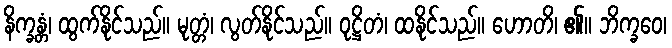
နိက္ခန္တံ၊ ထွက်နိုင်သည်။ မုတ္တံ၊ လွတ်နိုင်သည်။ ဝုဋ္ဌိတံ၊ ထနိုင်သည်။ ဟောတိ၊ ၏။ ဘိက္ခဝေ၊